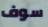
سوف